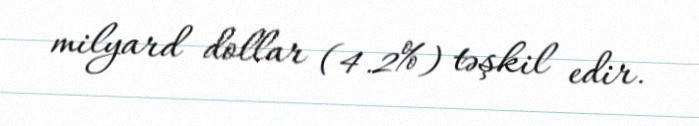
milyard dollar (4.2%) təşkil edir.